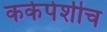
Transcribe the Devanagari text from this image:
कर्कपेशीच